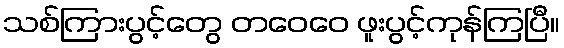
သစ်ကြားပွင့်တွေ တဝေဝေ ဖူးပွင့်ကုန်ကြပြီ။